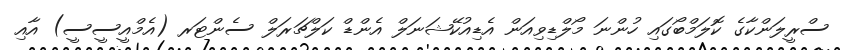
ސްރީލަންކާގެ ކޮލަމްބޯގައި ހުންނަ މޯލްޑިވިއަން އެޑިއުކޭޝަނަލް އެންޑް ކަލްޗަރަލް ސެންޓަރ (އެމްއީސީސީ) އާއި